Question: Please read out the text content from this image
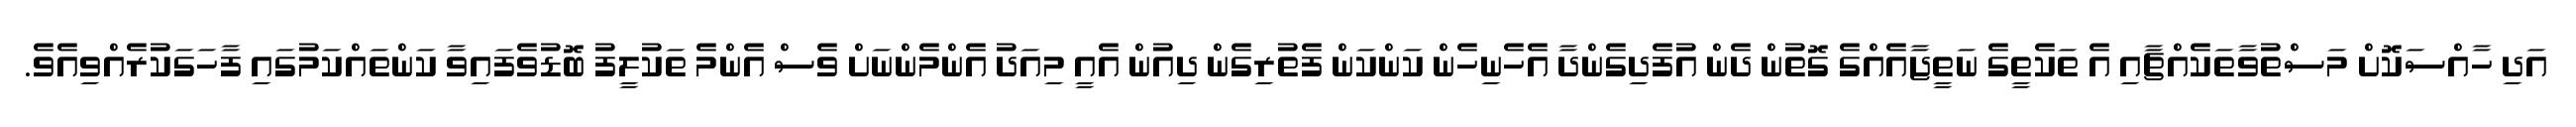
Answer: އަދި ހާއްސަކޮށް މަސްތުވާތަކެއްޗާއި އެ ތަކެތީގެ ނަތީޖާއެއްގެ ގޮތުން ދެން އުފެދިގެންދާ އެހެނިހެން ކަންކަން ފެތުރިގެން ދިއުން އެއީ މިއަދު އެންމެންނަށް ވެސް އެންމެ ތަކުލީފު ބޮޑުވެފައިވާ ކަންތައްކަމުގައި ފާހަގަކުރެއްވިއެވެ.